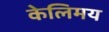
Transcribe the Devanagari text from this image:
केलिमय